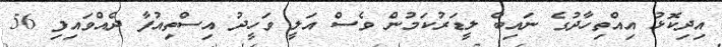
އިދިކޮޅު އިއްތިހާދުގެ ނައިބް ލީޑަރުކަމުން ވެސް އަލީ ވަހީދު އިސްތިއުފާ ދެއްވައިފި 56